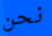
نحن